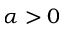
\alpha > 0